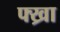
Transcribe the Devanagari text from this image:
फ्ख्रा